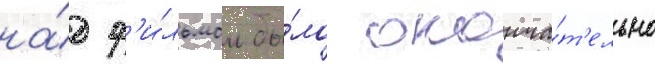
на́д ф'и́льмом бы́ло оконча́т'ельно